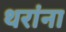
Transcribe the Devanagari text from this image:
थरांना